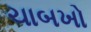
ચાબખો